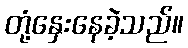
တုံ့နှေးနေခဲ့သည်။